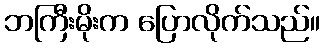
ဘကြီးမိုးက ပြောလိုက်သည်။